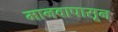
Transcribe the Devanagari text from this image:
मानवापासून